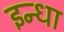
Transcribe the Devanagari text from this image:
इन्धा